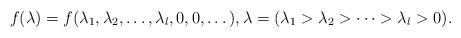
LaTeX: \begin{gather*}f(\lambda)=f(\lambda_1,\lambda_2,\dots,\lambda_l,0,0,\dots), \lambda=(\lambda_1>\lambda_2>\cdots >\lambda_l>0).\end{gather*}